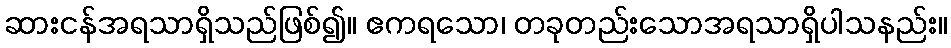
ဆားငန်အရသာရှိသည်ဖြစ်၍။ ဧကရသော၊ တခုတည်းသောအရသာရှိပါသနည်း။